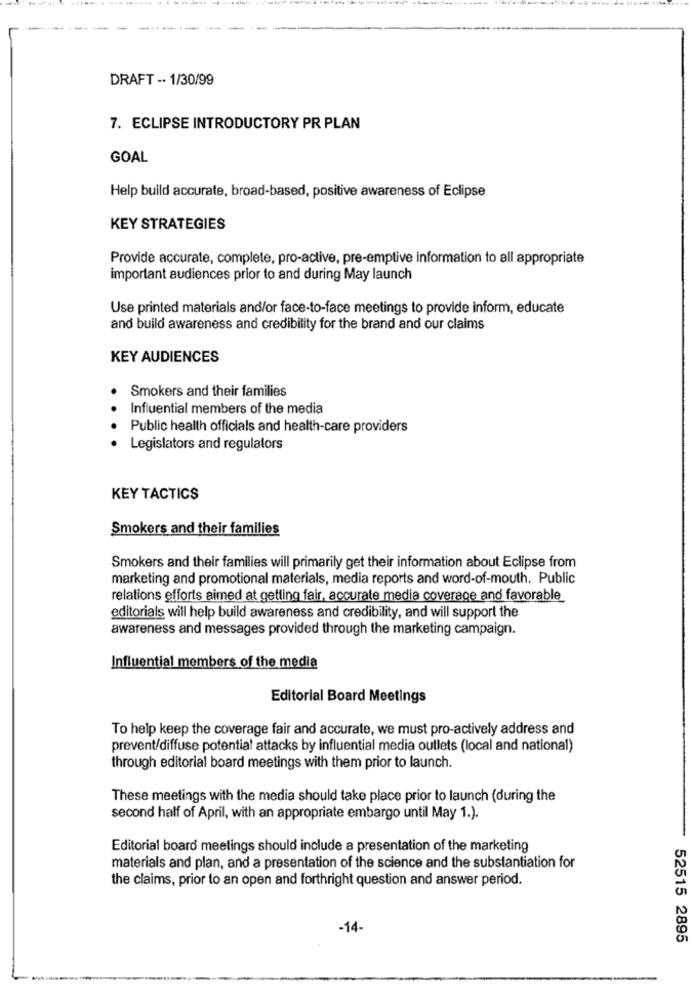
DRAFT -· 1/30/99
7. ECLIPSE INTRODUCTORY PR PLAN
GOAL
Help build accurate, broad-based, positive awareness of Eclipse
KEY STRATEGIES
Provide accurate, complete, pro-active, pre-emptive information to all appropriate
important audiences prior to and during May launch
Use printed materials and/or face-to-face meetings to provide inform, educate
and build awareness and credibility for the brand and our claims
KEY AUDIENCES
Smokers and their families
Influential members of the media
Public health officials and health-care providers
Legislators and regulators
KEY TACTICS
Smokers and their families
Smokers and their families will primarily get their information about Eclipse from
marketing and promotional materials, media reports and word-of-mouth. Public
relations efforts aimed at getting fair, accurate media coverage and favorable
editorials will help build awareness and credibility, and will support the
awareness and messages provided through the marketing campaign.
Influential members of the media
Editorial Board Meetings
To help keep the coverage fair and accurate, we must pro-actively address and
prevent/diffuse potential attacks by influential media outlets (local and national)
through editorial board meetings with them prior to launch.
These meetings with the media should take place prior to launch (during the
second half of April, with an appropriate embargo until May 1.).
Editorial board meetings should include a presentation of the marketing
materials and plan, and a presentation of the science and the substantiation for
the claims, prior to an open and forthright question and answer period.
-14-
52515 2895